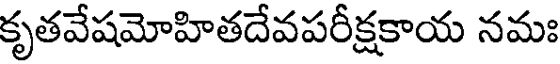
కృతవేషమోహితదేవపరీక్షకాయ నమః